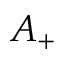
A _ { + }